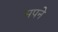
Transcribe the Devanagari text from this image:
मपने